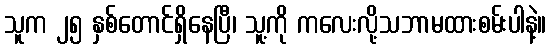
သူက ၂၅ နှစ်တောင်ရှိနေပြီ၊ သူ့ကို ကလေးလို့သဘာမထားစမ်းပါနဲ့။